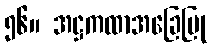
၅၆။ အဋ္ဌကထာအခြေပြု